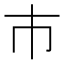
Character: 巿